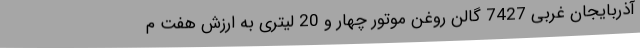
آذربایجان غربی 7427 گالن روغن موتور چهار و 20 لیتری به ارزش هفت م